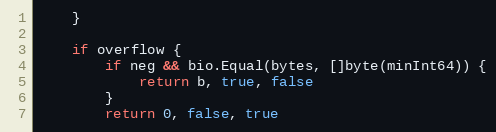
Language: Go
	}

	if overflow {
		if neg && bio.Equal(bytes, []byte(minInt64)) {
			return b, true, false
		}
		return 0, false, true